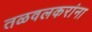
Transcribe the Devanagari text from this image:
तळवलकरांना